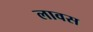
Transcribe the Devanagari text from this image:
लावस